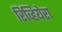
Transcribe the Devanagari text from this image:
रिव्हियेरा